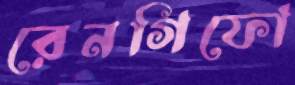
রেনগিফো